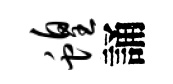
蝗誦